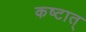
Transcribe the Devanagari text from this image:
कष्टात्